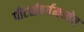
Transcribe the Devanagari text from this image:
पीटर्सबर्गमध्येच